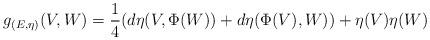
LaTeX: \begin{align*}g_{(E,\eta)}(V,W)=\dfrac{1}{4}(d\eta(V,\Phi(W))+d\eta(\Phi(V),W))+\eta(V)\eta(W)\end{align*}